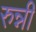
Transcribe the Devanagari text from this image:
रुन्नी